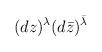
LaTeX: \begin{align*}(dz)^{\lambda} (d\bar{z})^{\bar{\lambda}}\end{align*}